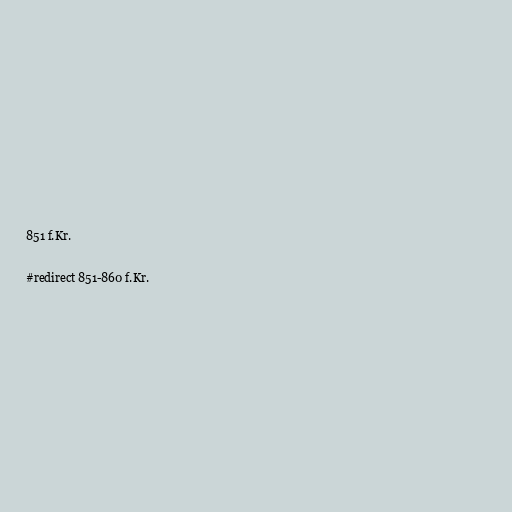
851 f.Kr.

#redirect 851-860 f.Kr.